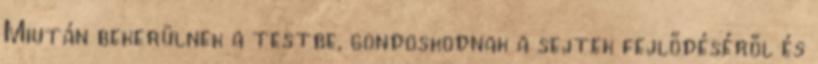
Miután bekerülnek a testbe, gondoskodnak a sejtek fejlődéséről és